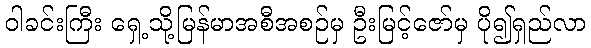
ဝါခင်းကြီး ရှေ့သို့မြန်မာအစီအစဉ်မှ ဦးမြင့်ဇော်မှ ပို၍ရှည်လာ